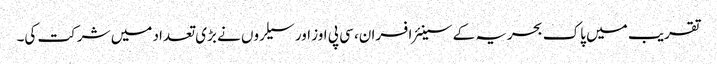
تقریب میں پاک بحریہ کے سینئر افسران، سی پی اوز اور سیلروں نے بڑی تعداد میں شرکت کی۔